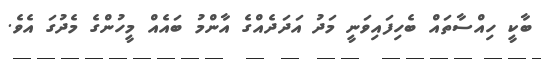
ބާކީ ހިއްސާތައް ބެހިފައިވަނީ މަދު އަދަދެއްގެ އާންމު ބައެއް މީހުންގެ މެދުގަ އެވެ.